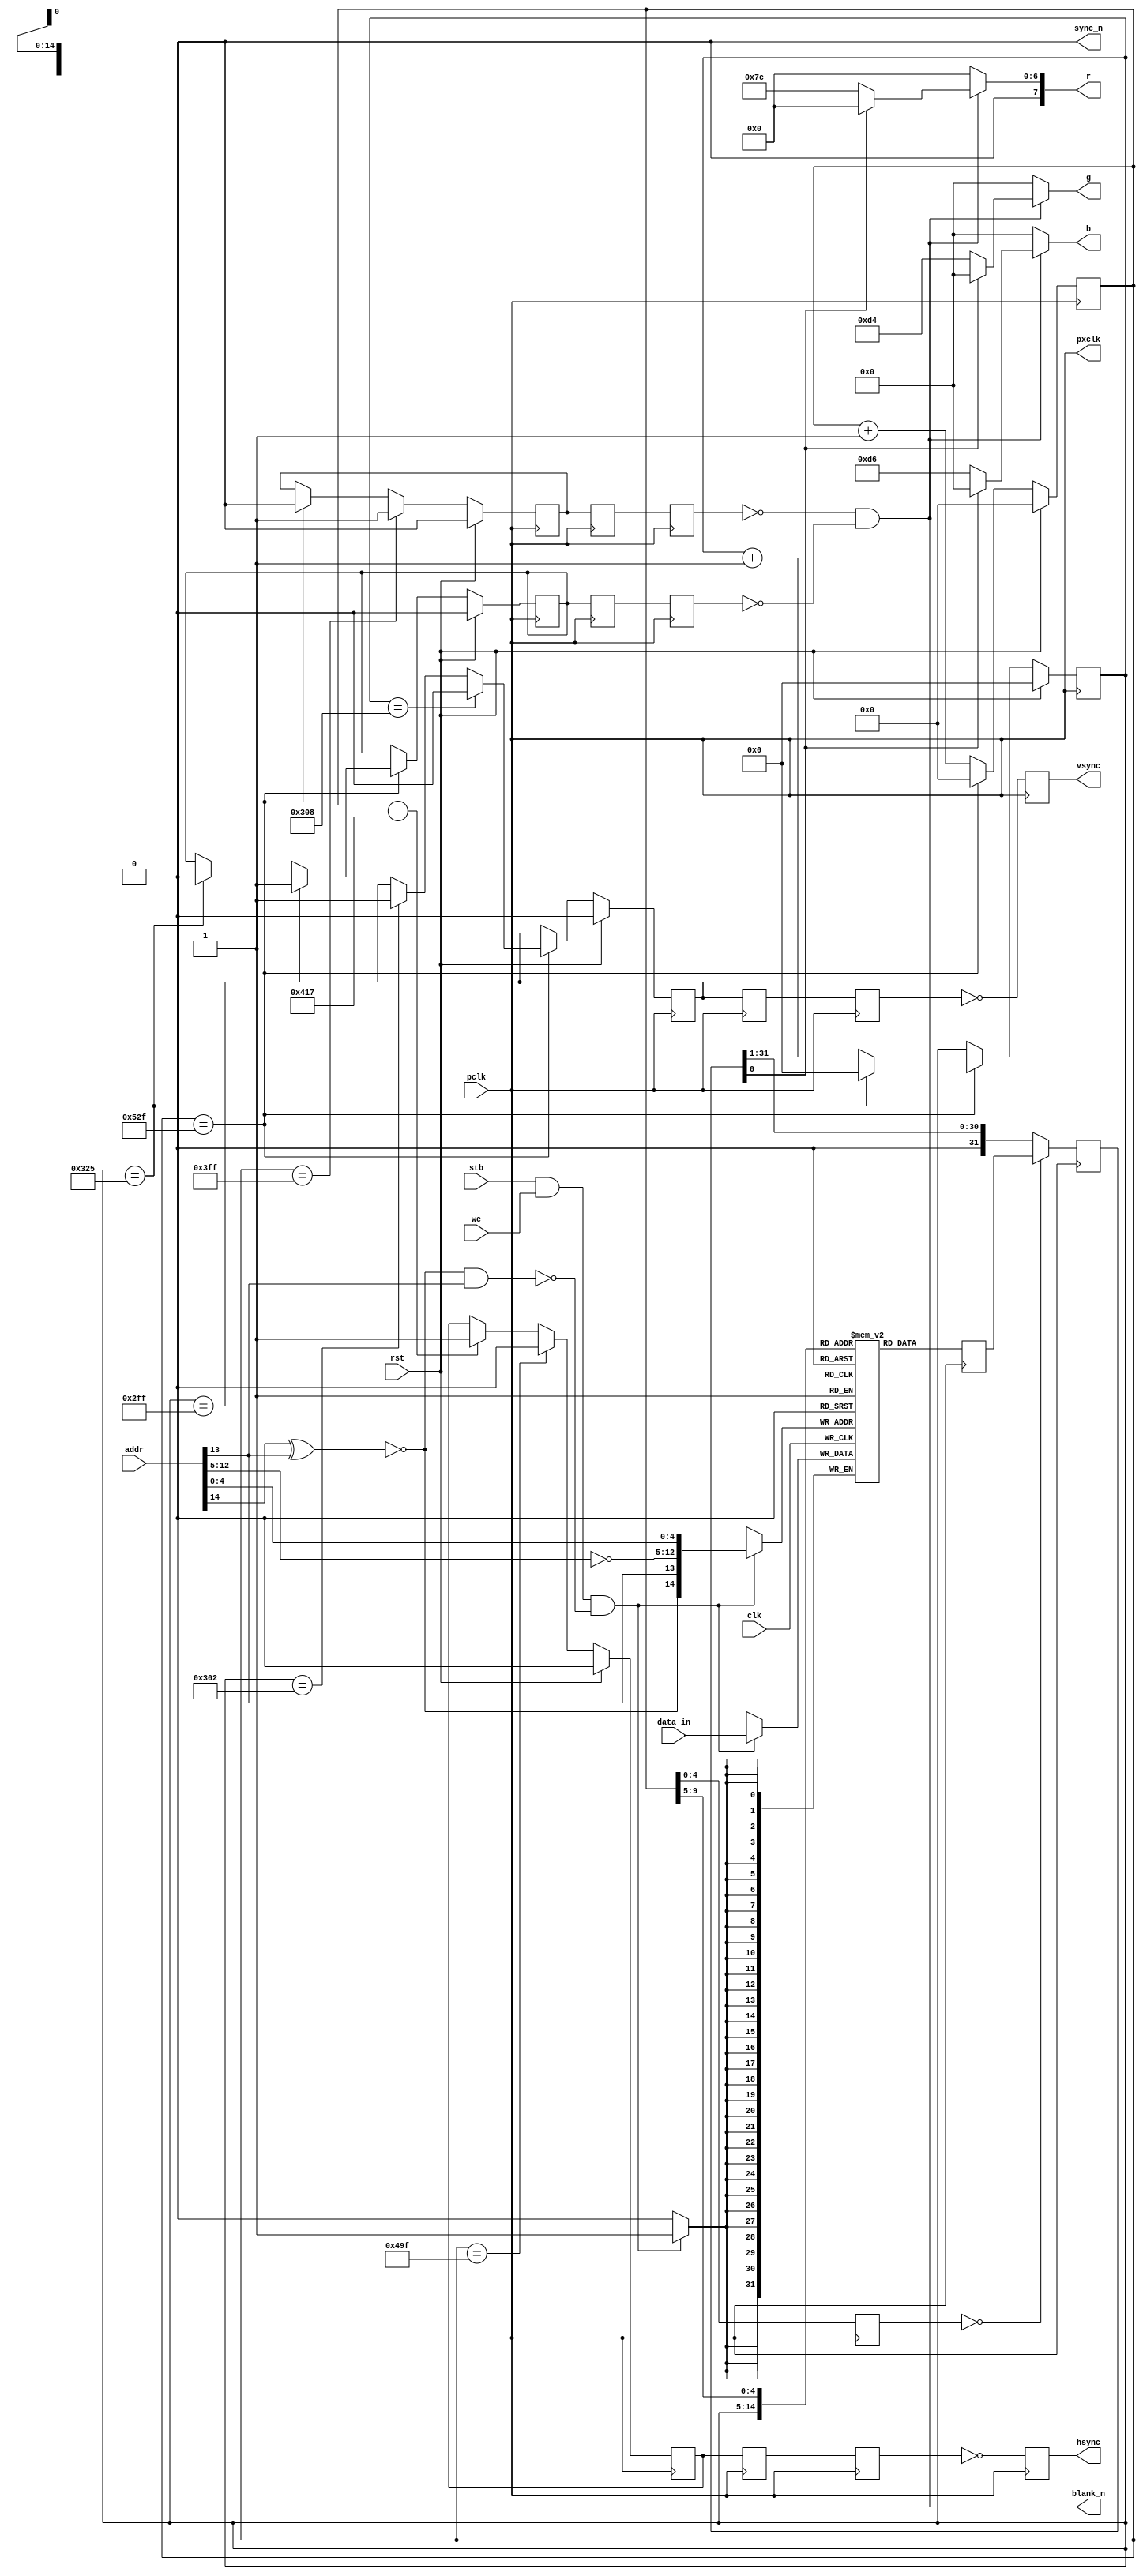
//
// vid.v -- video controller for 1024x768 B/W screen
//


`timescale 1ns / 1ps
`default_nettype none


module vid(pclk, clk, rst,
           stb, we, addr, data_in,
           hsync, vsync, pxclk,
           sync_n, blank_n, r, g, b);
    // internal interface
    input pclk;
    input clk;
    input rst;
    input stb;
    input we;
    input [14:0] addr;
    input [31:0] data_in;
    // external interface;
    output reg hsync;
    output reg vsync;
    output pxclk;
    output sync_n;
    output blank_n;
    output [7:0] r;
    output [7:0] g;
    output [7:0] b;

  reg [31:0] video_mem[0:24575];

  //----------------------------
  // processor interface
  //----------------------------

  // the vertical address runs backwards
  // i.e., compute 767 - vert. address
  // (but keep the horizontal address)

  wire [14:0] rev_addr;

  assign rev_addr[14] = ~(addr[14] ^ addr[13]);
  assign rev_addr[13] = addr[13];
  assign rev_addr[12:5] = ~addr[12:5];
  assign rev_addr[4:0] = addr[4:0];

  always @(posedge clk) begin
    if (stb & we & ~(rev_addr[14] & rev_addr[13])) begin
      video_mem[rev_addr] <= data_in;
    end
  end

  //----------------------------
  // monitor interface
  //----------------------------

  // stage 0: timing generator

  reg [10:0] hcount_0;
  reg hblnk_0;
  reg hsync_0;

  reg [9:0] vcount_0;
  reg vblnk_0;
  reg vsync_0;

  wire [14:0] memaddr_0;
  wire [4:0] pixaddr_0;

  always @(posedge pclk) begin
    if (rst) begin
      hcount_0 <= 11'd0;
      hblnk_0 <= 1'b0;
      hsync_0 <= 1'b0;
    end else begin
      if (hcount_0 == 11'd1327) begin
        hcount_0 <= 11'd0;
        hblnk_0 <= 1'b0;
      end else begin
        hcount_0 <= hcount_0 + 11'd1;
      end
      if (hcount_0 == 11'd1023) begin
        hblnk_0 <= 1'b1;
      end
      if (hcount_0 == 11'd1047) begin
        hsync_0 <= 1'b1;
      end
      if (hcount_0 == 11'd1183) begin
        hsync_0 <= 1'b0;
      end
    end
  end

  always @(posedge pclk) begin
    if (rst) begin
      vcount_0 <= 10'd0;
      vblnk_0 <= 1'b0;
      vsync_0 <= 1'b0;
    end else begin
      if (hcount_0 == 11'd1327) begin
        if (vcount_0 == 10'd805) begin
          vcount_0 <= 10'd0;
          vblnk_0 <= 1'b0;
        end else begin
          vcount_0 <= vcount_0 + 10'd1;
        end
        if (vcount_0 == 10'd767) begin
          vblnk_0 <= 1'b1;
        end
        if (vcount_0 == 10'd770) begin
          vsync_0 <= 1'b1;
        end
        if (vcount_0 == 10'd776) begin
          vsync_0 <= 1'b0;
        end
      end
    end
  end

  assign memaddr_0[14:0] = { vcount_0[9:0], hcount_0[9:5] };
  assign pixaddr_0[4:0] = hcount_0[4:0];

  // stage 1: video memory access

  reg [31:0] viddat_1;
  reg hblnk_1;
  reg hsync_1;
  reg vblnk_1;
  reg vsync_1;
  reg [4:0] pixaddr_1;

  always @(posedge pclk) begin
    viddat_1 <= video_mem[memaddr_0];
  end

  always @(posedge pclk) begin
    hblnk_1 <= hblnk_0;
    hsync_1 <= hsync_0;
    vblnk_1 <= vblnk_0;
    vsync_1 <= vsync_0;
    pixaddr_1[4:0] <= pixaddr_0[4:0];
  end

  // stage 2: pixel shift register

  reg [31:0] psr_2;
  reg hblnk_2;
  reg hsync_2;
  reg vblnk_2;
  reg vsync_2;

  always @(posedge pclk) begin
    if (pixaddr_1 == 5'b00000) begin
      psr_2[31:0] <= viddat_1[31:0];
    end else begin
      psr_2[31:0] <= { 1'b0, psr_2[31:1] };
    end
  end

  always @(posedge pclk) begin
    hblnk_2 <= hblnk_1;
    hsync_2 <= hsync_1;
    vblnk_2 <= vblnk_1;
    vsync_2 <= vsync_1;
  end

  // hsync and vsync are directly connected to the monitor

  always @(posedge pclk) begin
    hsync <= ~hsync_2;
    vsync <= ~vsync_2;
  end

  // all other signals are passed through the registered DAC

  assign pxclk = pclk;
  assign sync_n = 1'b0;
  assign blank_n = ~hblnk_2 & ~vblnk_2;
  assign r[7:0] = ~blank_n ? 8'h00 : (psr_2[0] ? 8'h00 : 8'h7C);
  assign g[7:0] = ~blank_n ? 8'h00 : (psr_2[0] ? 8'h00 : 8'hD4);
  assign b[7:0] = ~blank_n ? 8'h00 : (psr_2[0] ? 8'h00 : 8'hD6);

endmodule